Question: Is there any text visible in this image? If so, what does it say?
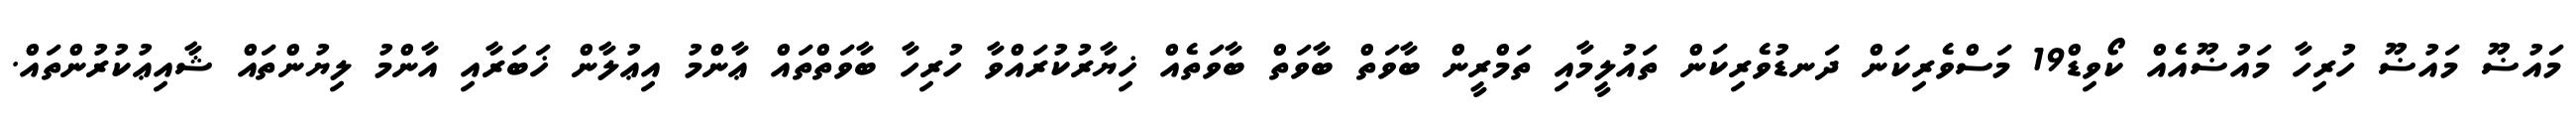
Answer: މައުޟޫ މައުޟޫ ހުރިހާ މައުޟޫއެއް ކޯވިޑް19 މަސްވެރިކަން ދަނޑުވެރިކަން ތައުލީމާއި ތަމްރީން ބާވަތް ބާވަތް ބާވަތެއް ޚިޔާރުކުރައްވާ ހުރިހާ ބާވަތްތައް ޢާންމު އިޢުލާން ޚަބަރާއި އާންމު ލިޔުންތައް ޝާއިޢުކުރުންތައް.